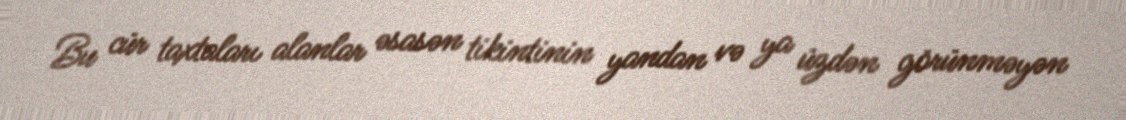
Bu cür taxtaları alanlar əsasən tikintinin yandan və ya üzdən görünməyən